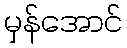
မှန်အောင်